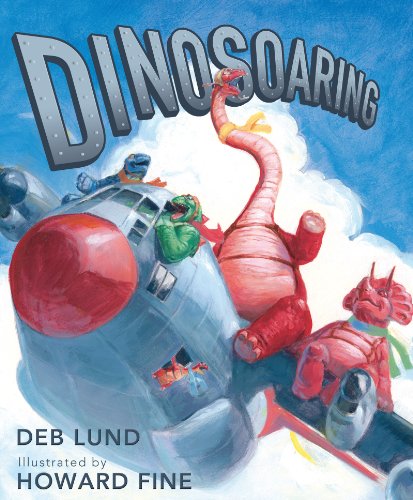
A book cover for Dinosoaring; Deb Lund; Children's Books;